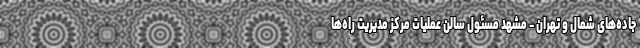
جاده‌های شمال و تهران - مشهد مسئول سالن عملیات مرکز مدیریت راه‌ها